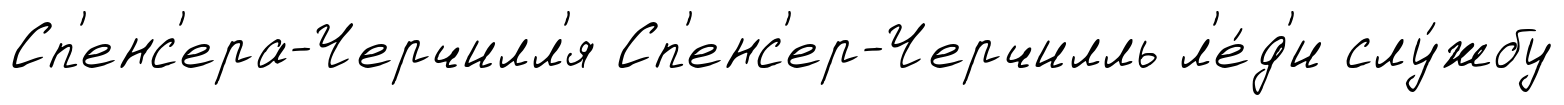
Сп'енс'ера-Черчилл'я Сп'енс'ер-Черчилль л'е́д'и слу́жбу